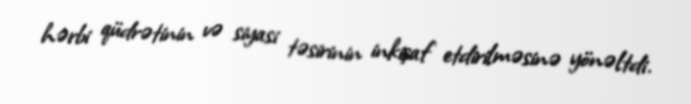
hərbi qüdrətinin və siyasi təsirinin inkişaf etdirilməsinə yönəltdi.